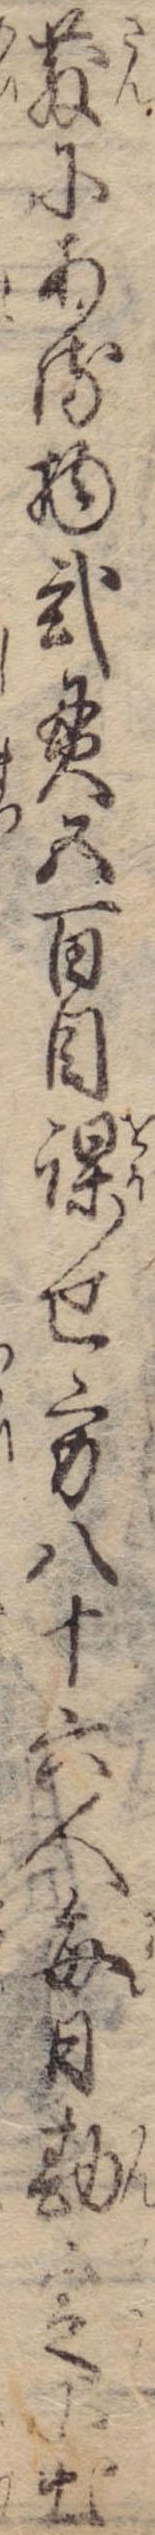
散にある物弐貫五百目課せ方八十六人毎日勘定に出